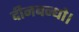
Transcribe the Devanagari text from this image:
दीनबन्धो।